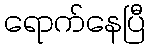
ရောက်နေပြီ